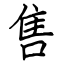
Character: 售